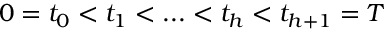
0 = t _ { 0 } < t _ { 1 } < . . . < t _ { h } < t _ { h + 1 } = T